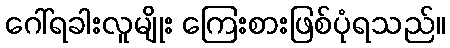
ဂေါ်ရခါးလူမျိုး ကြေးစားဖြစ်ပုံရသည်။